Civil Veterinary Department Bihar & Orissa reports 1922-29 - 1922-1929
Year: 1922
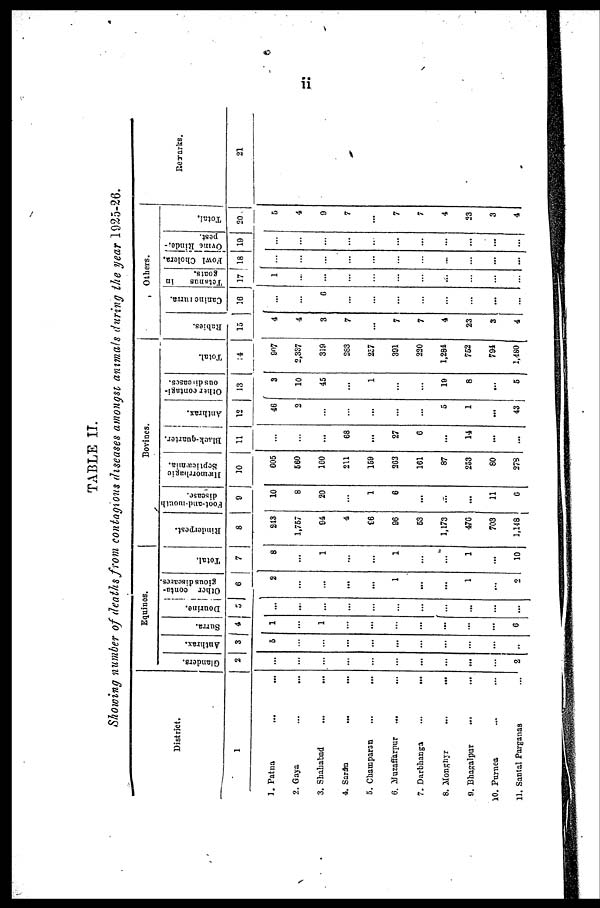
ii
TABLE II.
Showing number of deaths from contagions diseases amongst animals during the year 1925-26.
District.
1
1. Patna ... ...
2. Gaya ... ...
3. Shahabad ... ...
4. Sarin
...
...
5. Chainparan ... ...
6. Muzaffarpur ... ...
7. Darbhanga ... ...
8. Monghyr ... ...
9. Bhagalpur ... ...
10. Purnea ... ...
11. Santal Parganas ...
Equines.
Glanders.
2
...
...
...
...
...
...
...
...
...
...
2
Anthrax.
3
5
...
...
...
...
...
...
...
...
...
...
Surra.
4
1
...
1
...
...
...
...
...
...
...
6
Dourine.
5
...
...
...
...
...
...
...
...
...
...
...
Ot her conta-
gious di s eas es .
6
2
...
...
...
...
1
...
...
1
...
2
Total.
7
8
...
1
...
...
1
...
...
1
...
10
Bovines
Rinderpest.
8
243
1,757
94
4
86
96
63
1,173
476
703
1,148
Foot-and-mouth
disease.
9
10
8
20
...
1
6
...
...
...
11
6
Hæmorrhagic
Septicæmia.
10
605
660
160
211
159
203
161
87
253
80
278
Black-quartcr.
11
...
...
...
68
...
27
6
...
14
...
...
Anthrax.
12
46
2
...
...
...
...
...
5
1
...
43
Other contagi-
ous diceases.
13
3
10
45
...
1
...
...
19
8
...
5
Total.
14
907
2,337
319
283
237
391
220
1,284
752
794
1,480
Others.
Rabies.
15
4
4
3
7
7
7
4
23
3
4
Canine surra.
16
...
...
6
...
...
...
...
...
...
...
...
Tetanus
in
goats.
17
1
...
...
...
...
...
...
...
...
...
...
Fowl Chol er a.
18
...
...
...
...
...
...
...
...
...
...
...
Ovin Rinder-
pest.
19
...
...
...
...
...
...
...
...
...
...
...
Total.
20
5
4
9
7
...
7
7
4
23
3
4
Remarks.
21